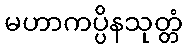
မဟာကပ္ပိနသုတ္တံ